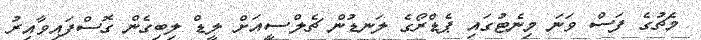
މެޗުގެ ފަސް ވަަނަ މިނެޓުގައި ޕެޑްރޯގެ ލަނޑުން ޗެލްސީއަށް ލީޑް ލިބިގެން ގޮސްފައިވާއިރު